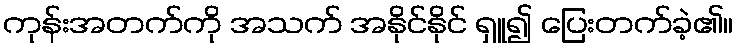
ကုန်းအတက်ကို အသက် အနိုင်နိုင် ရှူ၍ ပြေးတက်ခဲ့၏။